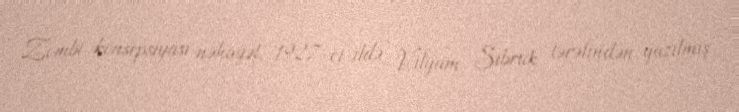
Zombi konsepsiyası nəhayət, 1927-ci ildə Vilyam Sibruk tərəfindən yazılmış